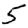
Digit: 5